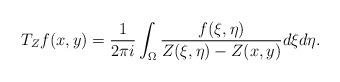
LaTeX: \begin{align*}T_{Z}f(x,y)={\frac{1}{2\pi i}}\int_{\Omega}\frac{f(\xi, \eta)}{Z(\xi, \eta)-Z(x,y)}d\xi d\eta.\end{align*}